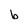
Character: b